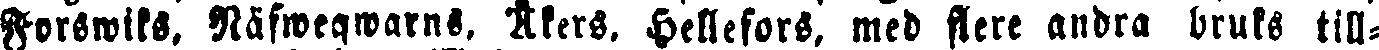
Forswiks, Räfweqwarns, Åkers, Hellefors, med flere andra bruks till-